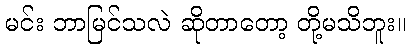
မင်း ဘာမြင်သလဲ ဆိုတာတော့ တို့မသိဘူး။